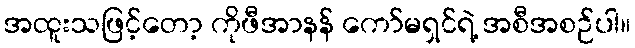
အထူးသဖြင့်တော့ ကိုဖီအာနန် ကော်မရှင်ရဲ့ အစီအစဉ်ပါ။